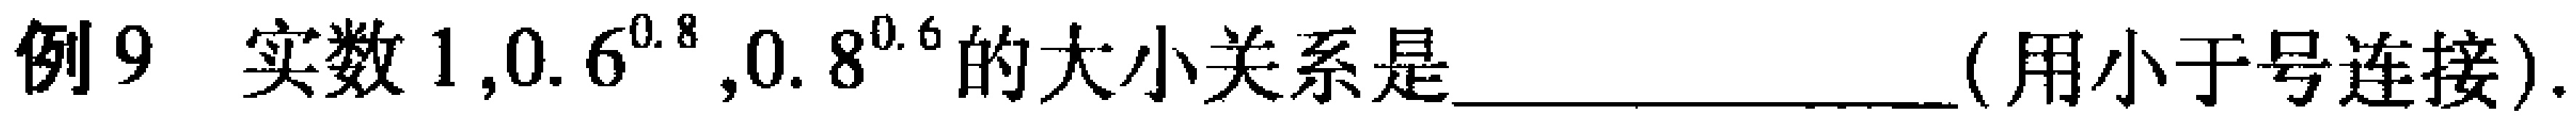
例9 实数 \(1,0.6^{0.8},0.8^{0.6}\) 的大小关系是________________ (用小于号连接).